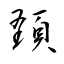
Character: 頚